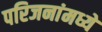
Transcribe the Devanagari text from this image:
परिजनांमध्ये